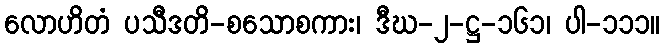
လောဟိတံ ပသီဒတိ-စသောစကား၊ ဒီဃ-၂-ဋ္ဌ-၁၆၁၊ ပါ-၁၁၁။